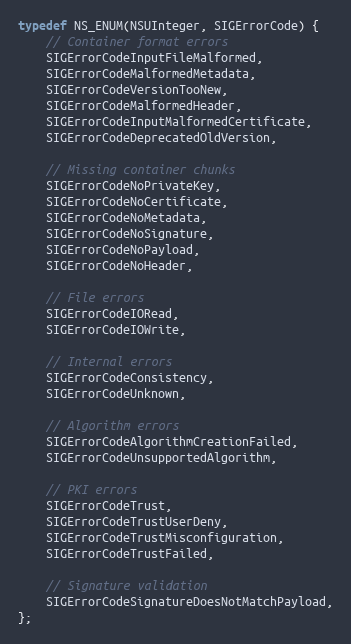
Language: C
typedef NS_ENUM(NSUInteger, SIGErrorCode) {
    // Container format errors
    SIGErrorCodeInputFileMalformed,
    SIGErrorCodeMalformedMetadata,
    SIGErrorCodeVersionTooNew,
    SIGErrorCodeMalformedHeader,
    SIGErrorCodeInputMalformedCertificate,
    SIGErrorCodeDeprecatedOldVersion,

    // Missing container chunks
    SIGErrorCodeNoPrivateKey,
    SIGErrorCodeNoCertificate,
    SIGErrorCodeNoMetadata,
    SIGErrorCodeNoSignature,
    SIGErrorCodeNoPayload,
    SIGErrorCodeNoHeader,

    // File errors
    SIGErrorCodeIORead,
    SIGErrorCodeIOWrite,

    // Internal errors
    SIGErrorCodeConsistency,
    SIGErrorCodeUnknown,

    // Algorithm errors
    SIGErrorCodeAlgorithmCreationFailed,
    SIGErrorCodeUnsupportedAlgorithm,

    // PKI errors
    SIGErrorCodeTrust,
    SIGErrorCodeTrustUserDeny,
    SIGErrorCodeTrustMisconfiguration,
    SIGErrorCodeTrustFailed,

    // Signature validation
    SIGErrorCodeSignatureDoesNotMatchPayload,
};